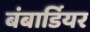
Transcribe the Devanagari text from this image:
बंबार्डियर